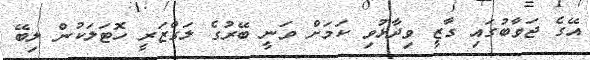
އޭގެ ޖަވާބުގައި ގާޒީ ވިދާޅުވި ކަމަށް ވަނީ ބޭރުގެ ލަގްޒަރީ ހޮޓަލަކުން ލިބޭ